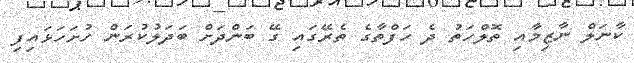
ކާނަލް ނާޒިމާއި ތޮލްހަތު ދެ ހަފްތާގެ ތެރޭގައި ގޭ ބަންދަށް ބަދަލުކުރަން ހުށަހަޅައިފި